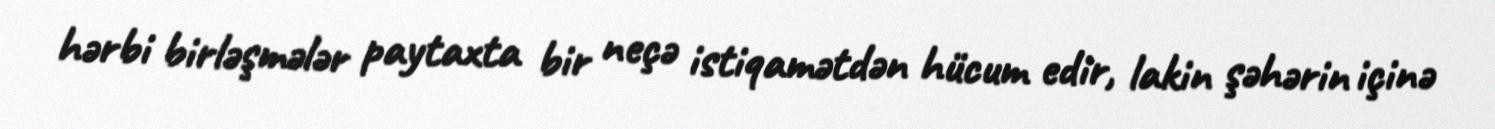
hərbi birləşmələr paytaxta bir neçə istiqamətdən hücum edir, lakin şəhərin içinə